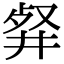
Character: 𠭘